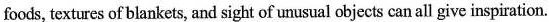
foods, textures of blankets, and sight of unusual objccts can all give inspiration.